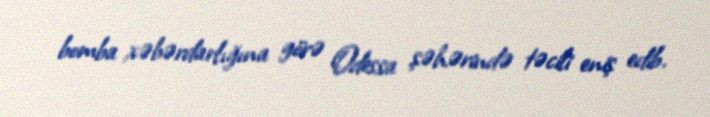
bomba xəbərdarlığına görə Odessa şəhərində təcili eniş edib.